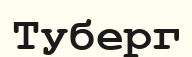
Туберг